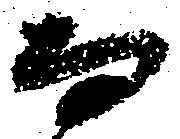
而